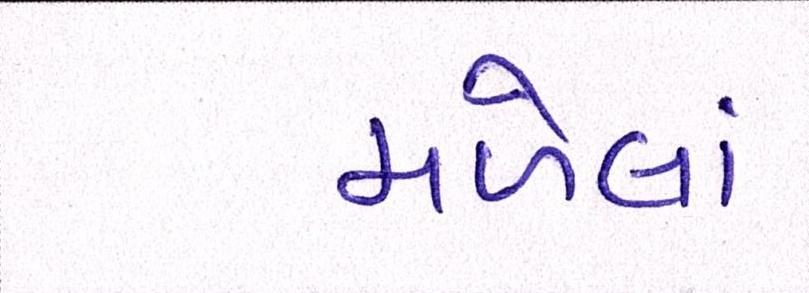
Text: મળેલાં